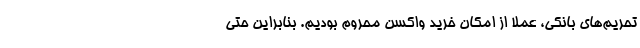
تحریم‌های بانکی، عملا از امکان خرید واکسن محروم بودیم. بنابراین حتی